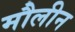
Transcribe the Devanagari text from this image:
मौलीन